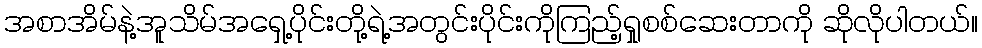
အစာအိမ်နဲ့အူသိမ်အရှေ့ပိုင်းတို့ရဲ့အတွင်းပိုင်းကိုကြည့်ရှုစစ်ဆေးတာကို ဆိုလိုပါတယ်။